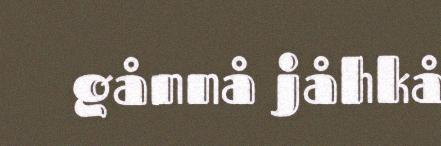
gånnå jåhkå